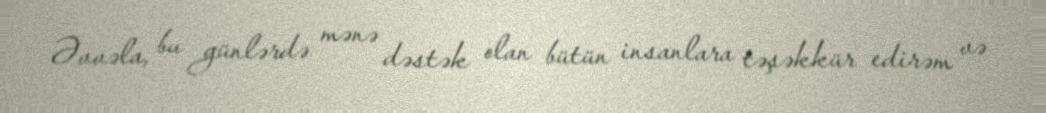
Əvvəla, bu günlərdə mənə dəstək olan bütün insanlara təşəkkür edirəm və